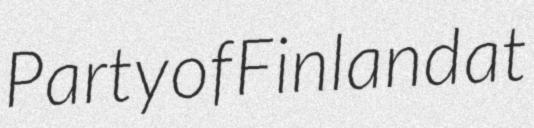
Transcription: Party of Finland at